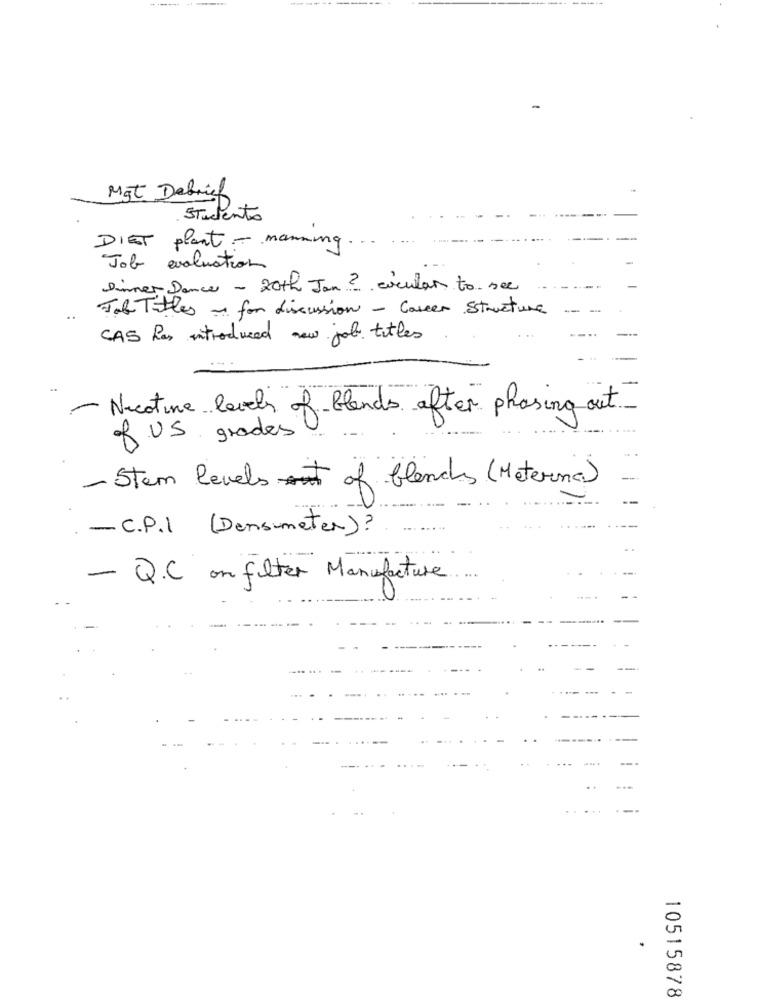
Mgt Debrief
Studento
DIET plant - manning
Job evaluation
Dinner Dance - 20th Jan ? cocular to see
Job Titles ~ for discussion - Casser Structure
..
CAS has introduced new job titles
- Nicotine levels of blends after phasing out
of US grades !
- Stem levels of blanches (Meterna)
- C.P.I (Densumeter)?
- Q.C on filter Manufacture.
10515878